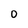
Character: O